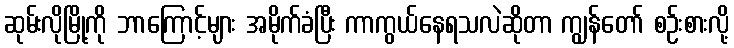
ဆုမ်းလိုမြို့ကို ဘာကြောင့်များ အမိုက်ခံပြီး ကာကွယ်နေရသလဲဆိုတာ ကျွန်တော် စဉ်းစားလို့